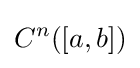
C^{n}([a,b])